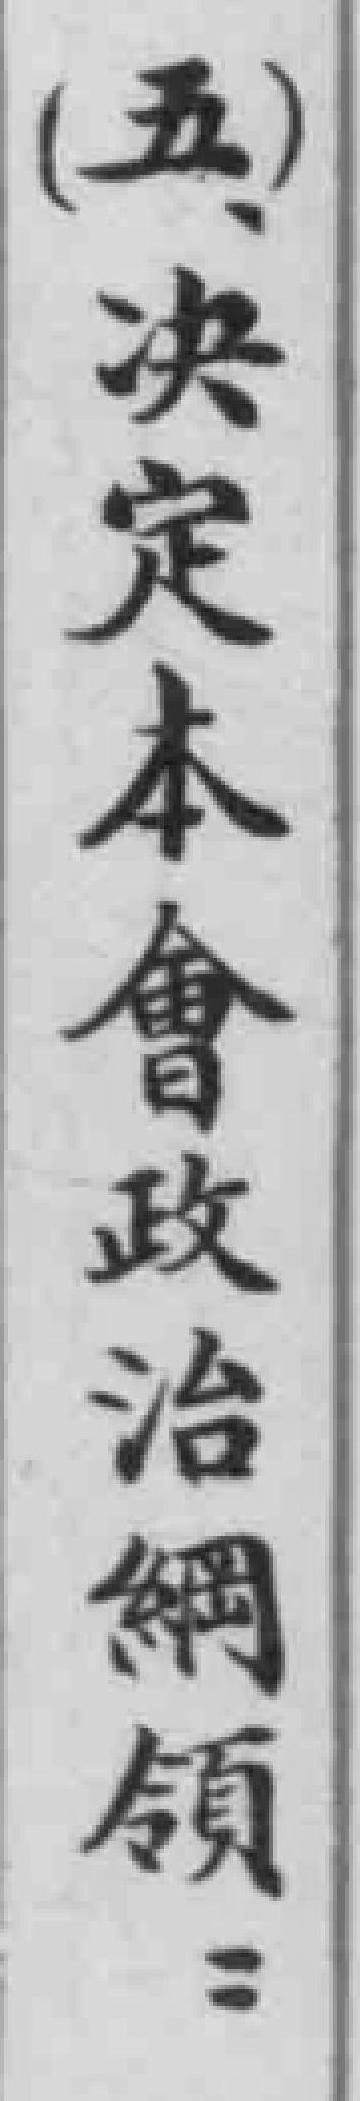
(五)决定本會政治綱領：